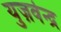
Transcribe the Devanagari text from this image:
युज़वेन्द्र